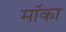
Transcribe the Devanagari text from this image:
मॉका